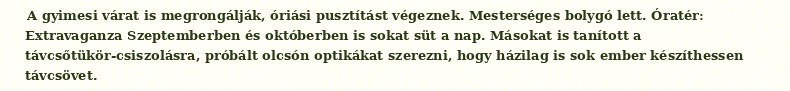
A gyimesi várat is megrongálják, óriási pusztítást végeznek. Mesterséges bolygó lett. Óratér: Extravaganza Szeptemberben és októberben is sokat süt a nap. Másokat is tanított a távcsőtükör-csiszolásra, próbált olcsón optikákat szerezni, hogy házilag is sok ember készíthessen távcsövet.